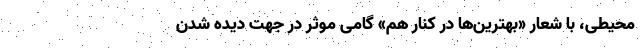
محیطی،‌ با شعار‌ «بهترین‌ها در کنار هم» گامی موثر در جهت دیده شدن